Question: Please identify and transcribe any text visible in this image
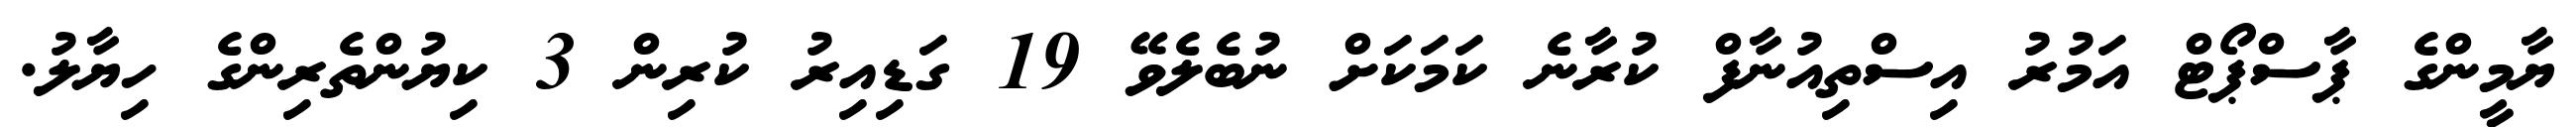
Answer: ޔާމީންގެ ޕާސްޕޯޓް އަމުރު އިސްތިއުނާފް ކުރާނެ ކަމަކަށް ނުބެލެވޭ 19 ގަޑިއިރު ކުރިން 3 ކިޔުންތެރިންގެ ހިޔާލު.